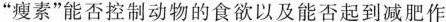
”瘦素”能否控制动物的食欲以及能否起到减肥作